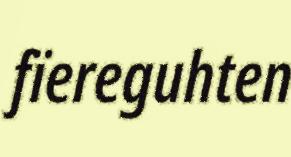
fïereguhten